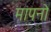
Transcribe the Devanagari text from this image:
मापनो